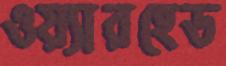
ওয়্যারহেড